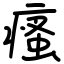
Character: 瘙